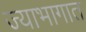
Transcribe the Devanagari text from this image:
ज्याभागात